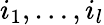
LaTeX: i_{1},\dots,i_{l}